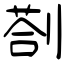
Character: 剳